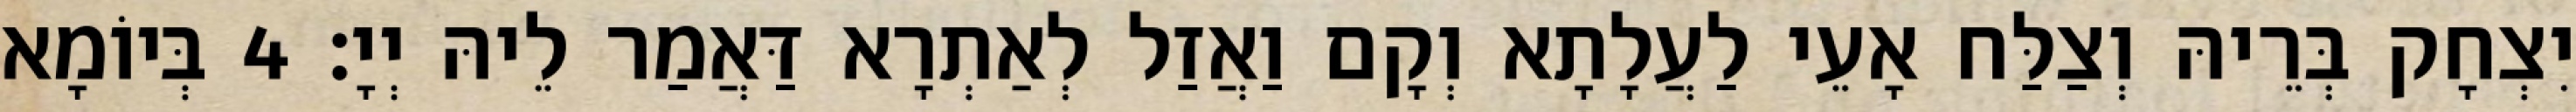
יִצְחָק בְּרֵיהּ וְצַלַּח אָעֵי לַעֲלָתָא וְקָם וַאֲזַל לְאַתְרָא דַּאֲמַר לֵיהּ יְיָ׃ 4 בְּיוֹמָא